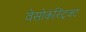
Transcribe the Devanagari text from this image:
वेसोकंस्ट्रिक्ट